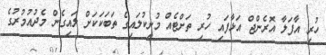
ހުރި އާފަލާ އޮރެންޖް އަޅާފައި ހުރި ތަށްޓެއް މުށިކުލައިގެ ތަބަކަކަށް ލައިގެން މެދުއުމުރުގެ